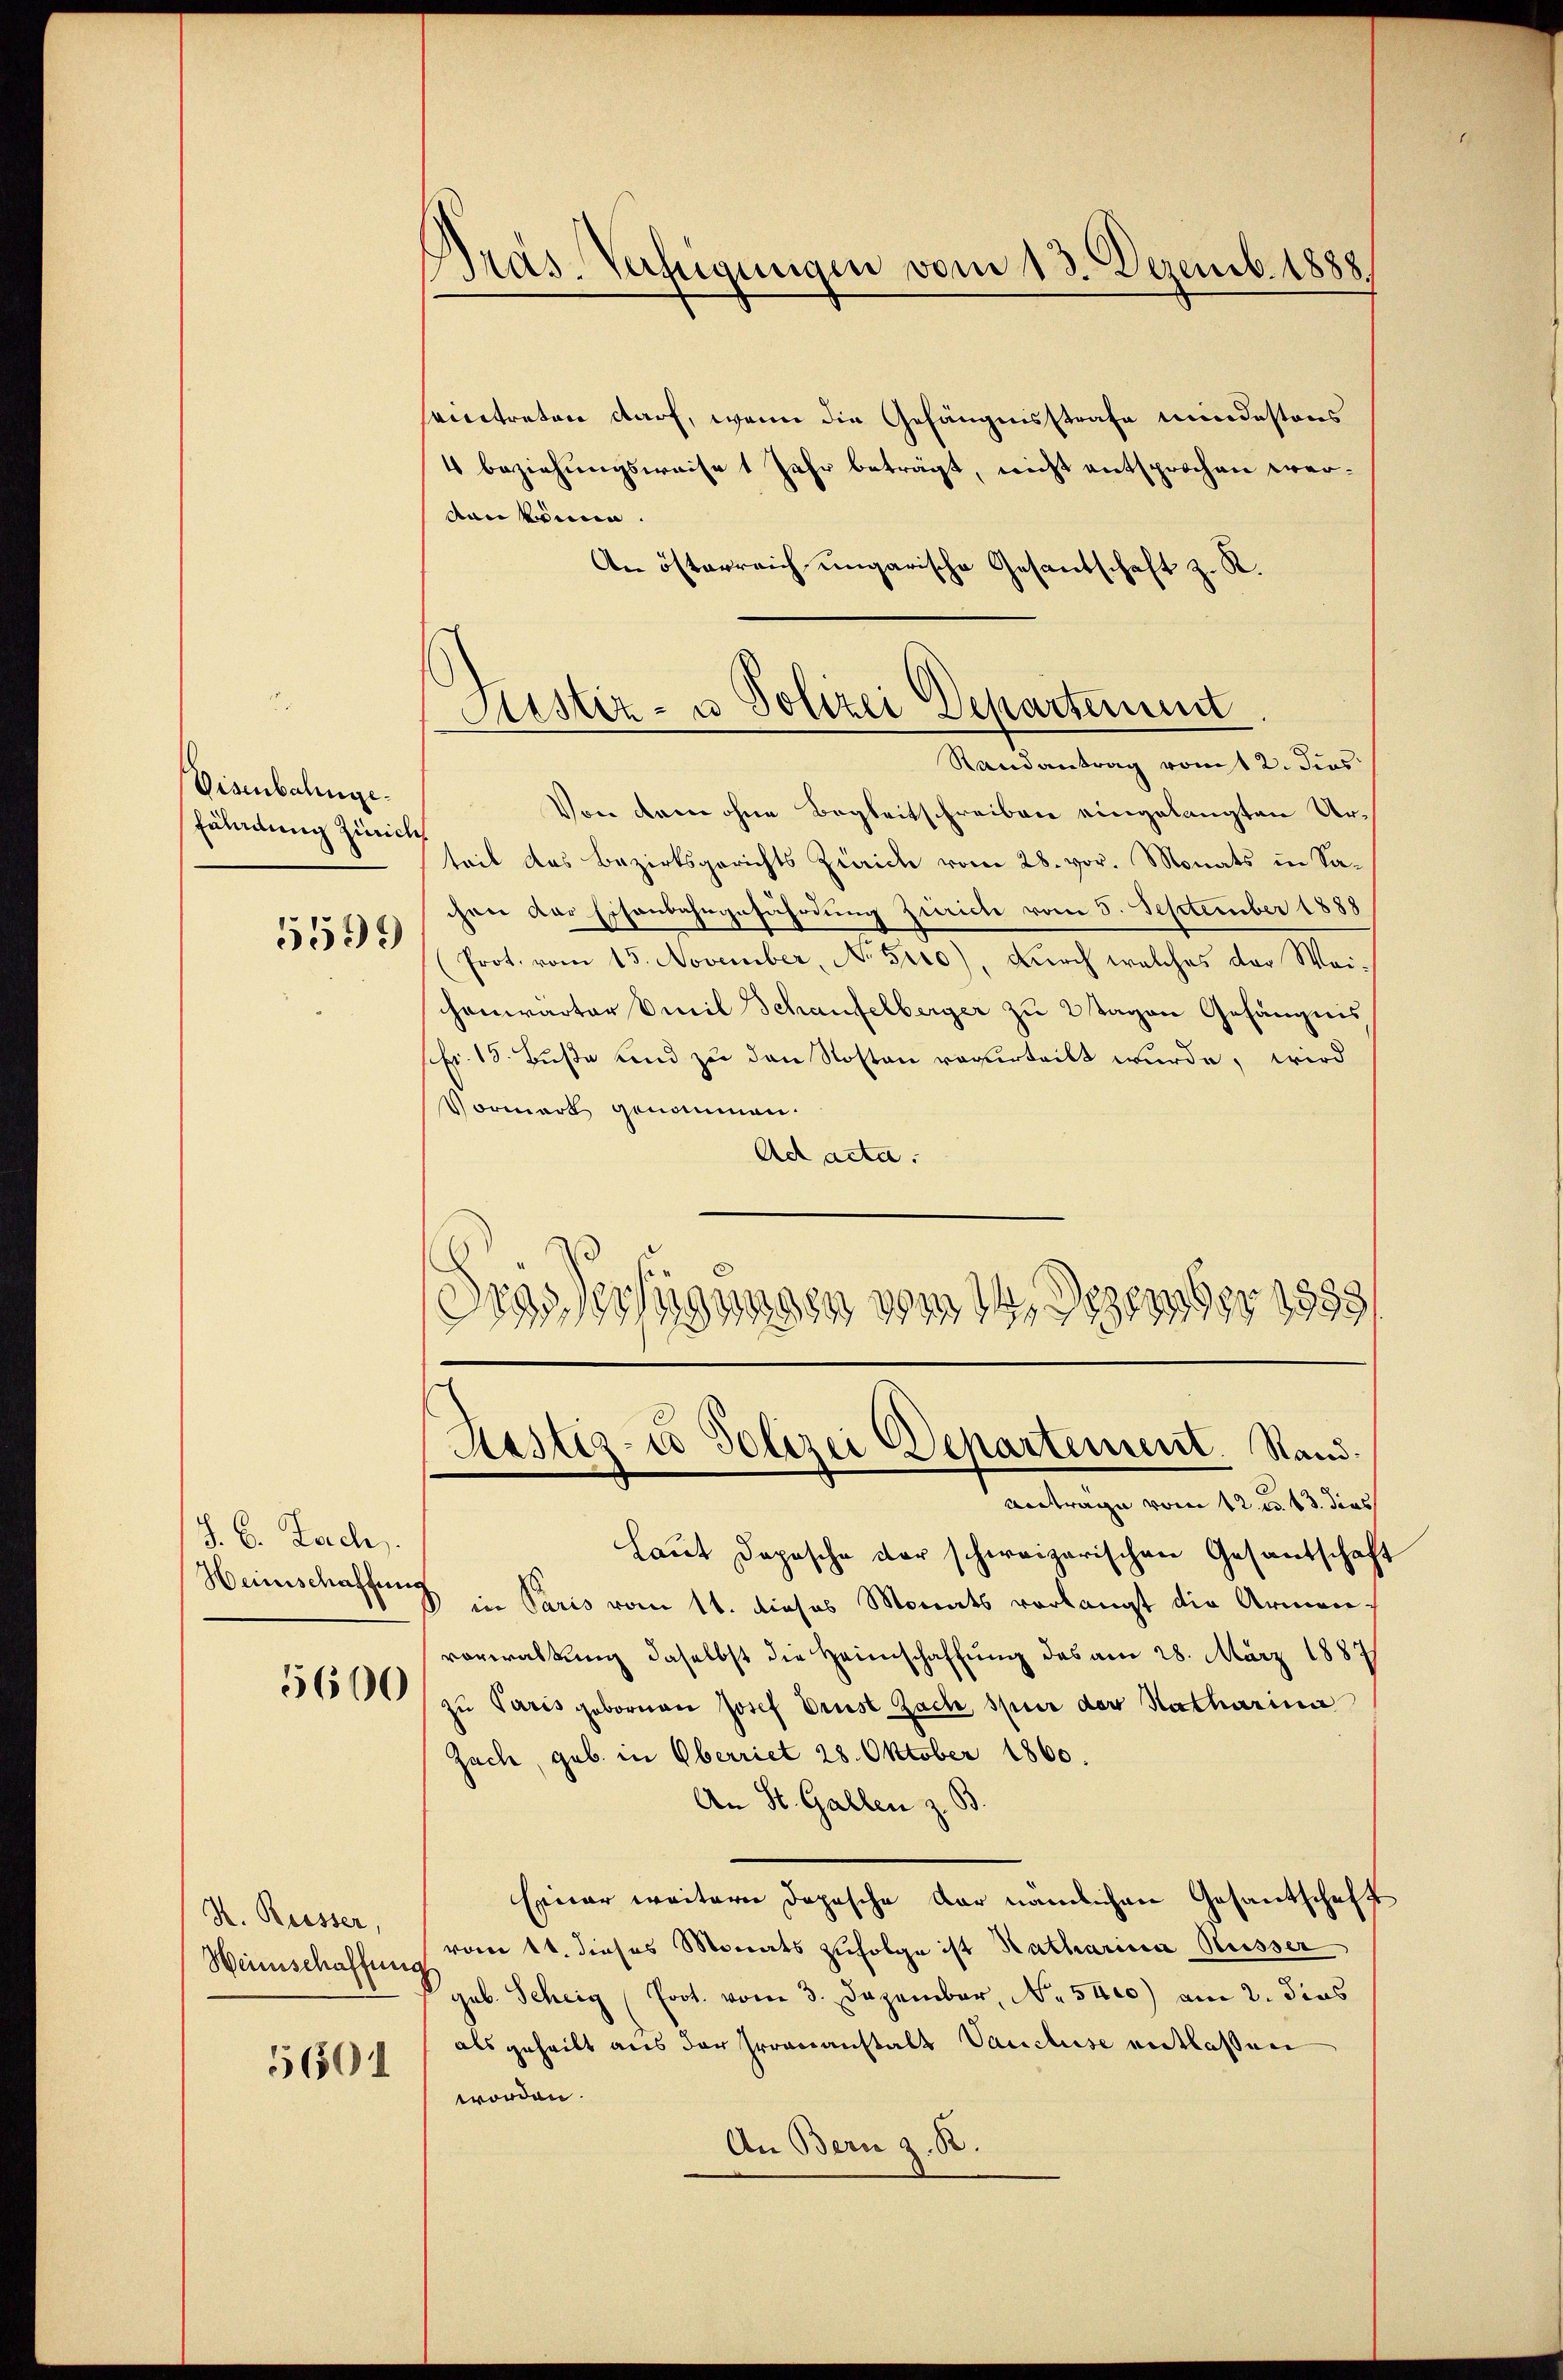
Visenbahnge
Fähmung Zürich

5599

§. 6. Zach
Heinschaffung

5600

N. Reisser,
Weinschaffen
5601

Präs. Verfügungen vom 13. Dezemb. 1888

Sistiz- u Polizei Departement
Randantrag vom 2. dies

eintreten darf, wenn die Gefängnisstrafe mindestens
4 beziehungsweise 1 Jahr beträgt, nicht entsprochen werban könne.
An österreich ungarische Gesandtschaft z. R.
Von dem ohne Begleitschreiben eingelangten Urteil das Bezirksgerichts Zürich vom 28. vor. Monats in Sa-
chen das Eisenbahngefährdung Zürich vom 5. September 1888
Prot. vom 15. November, No 5rro), dŭrch welches der Wei-
chenwarter Emil Schaufelberger zu 2 Tagen Gefängnis
pfr. 18. Buße und zu den Roston verurteilt wurde, wird
Vormark genommen.
Act acta.
.
d
eigungen vom 14. Dezember 1883.
d

Hastiz-co Polizei Departement. Stand.
Antrage vom 12. u. 13. dies

Laut Depesche der schweizerischen Gesantschaft
B in Paris vom 11. dieses Monats verlangt die Armen-
vorwaltung daselbst die Heimschaffung des am 28. März 1887
zu Paris gebornen Josef Drust Zach spur der Katharina
Zach, geb. in Oberriet 28. Oktober 1860.
An St. Gallen z. B.
Einer weitern Dopesche der nämlichen Gesantschaft
vom 11. dieses Monats zufolge ist Katharina Küsser
 geb. Scheig (Prot. vom 3. Dezember, No. 5400) am 2. dies
als geheilt aus der Irrenanstalt Vancluse entlassen
worden.
An Bern z. B.